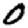
Digit: 0